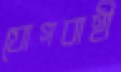
যোগবাহী